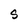
Character: S